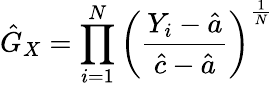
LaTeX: {\hat{G}}_{X}=\prod_{i=1}^{N}\left({\frac{Y_{i}-{\hat{a}}}{{\hat{c}}-{\hat{a}}}}\right)^{\frac{1}{N}}